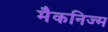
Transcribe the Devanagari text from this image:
मैकनिज्म